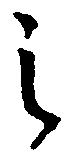
之